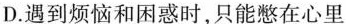
D.遇到烦恼和困惑时，只能憋在心里